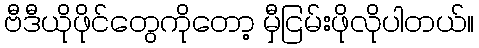
ဗီဒီယိုဖိုင်တွေကိုတော့ မှီငြမ်းဖိုလိုပါတယ်။